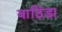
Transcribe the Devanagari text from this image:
बाठिंडा